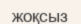
жоқсыз